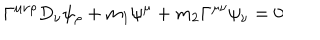
\Gamma ^ { \mu \nu \rho } D _ { \nu } \psi _ { \rho } + m _ { 1 } \psi ^ { \mu } + m _ { 2 } \Gamma ^ { \mu \nu } \psi _ { \nu } = 0